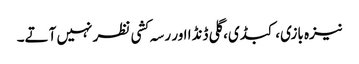
نیزہ بازی، کبڈی، گلی ڈنڈا اور رسہ کشی نظر نہیں آتے۔